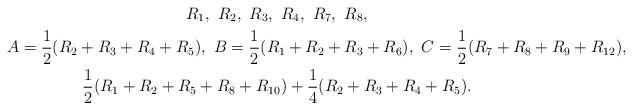
LaTeX: \begin{gather*}R_1,~R_2,~R_3,~R_4,~R_7,~R_8,\\A=\frac{1}{2}(R_2+R_3+R_4+R_5),~B=\frac{1}{2}(R_1+R_2+R_3+R_6),~C=\frac{1}{2}(R_7+R_8+R_9+R_{12}),\\\frac{1}{2}(R_1+R_2+R_5+R_8+R_{10})+\frac{1}{4}(R_2+R_3+R_4+R_5).\end{gather*}